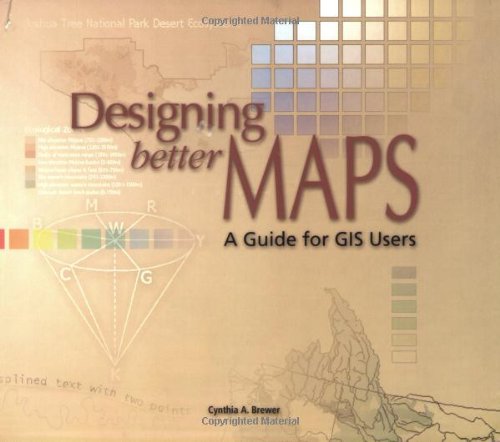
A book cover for Designing Better Maps: A Guide for GIS Users; Cynthia Brewer; Computers & Technology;